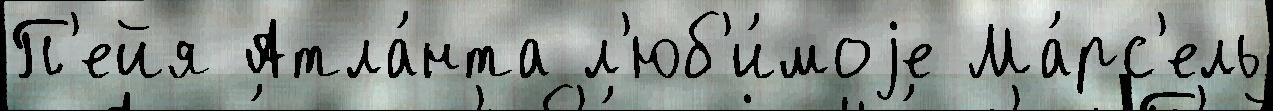
П'ейя Атла́нта л'юб'и́моjе Ма́рс'ель